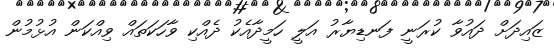
ޒައިދަށް ދައުވާ ކުރަނީ ފަނޑިޔާރު އަލީ ހަމީދާއެކު ދެއްކި ވާހަކަތައް ވިއްކަން އުޅުމުން